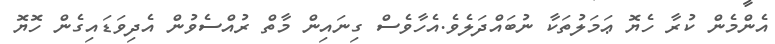
އެންމެން ކުރާ ހެޔޮ ޢަމަލުތަކާ ނުބައްދަލެވެ.އެހާވެސް ގިނައިން މާތް ރުއްސެވުން އެދިވަޑައިގެން ހޮޔޮ